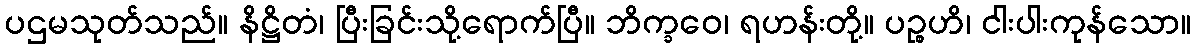
ပဌမသုတ်သည်။ နိဋ္ဌိတံ၊ ပြီးခြင်းသို့ရောက်ပြီ။ ဘိက္ခဝေ၊ ရဟန်းတို့။ ပဉ္စဟိ၊ ငါးပါးကုန်သော။